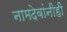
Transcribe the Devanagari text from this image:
नामदेवांनीही